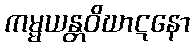
ကမ္မယန္တဝိဃာဋနော